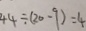
4 4 \div ( 2 0 - 9 ) = 4